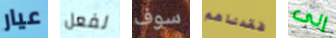
عيار لفعل سوف فقدناهم إلى